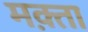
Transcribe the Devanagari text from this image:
मक़्ता